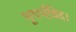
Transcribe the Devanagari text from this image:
भूगर्भविद।